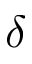
\delta